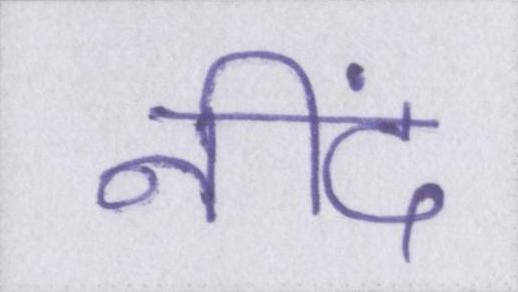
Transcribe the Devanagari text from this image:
नीदं